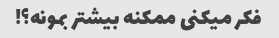
فکر میکنی ممکنه بیشتر بمونه؟!